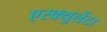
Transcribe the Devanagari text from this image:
एस्क्युलेंटा